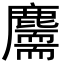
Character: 𪋣